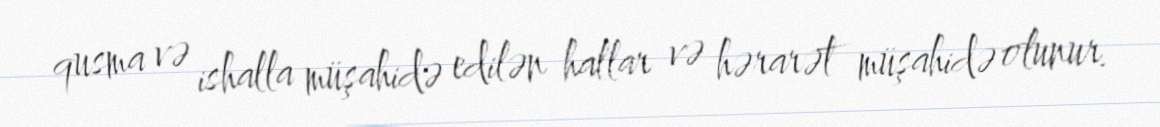
qusma və ishalla müşahidə edilən hallar və hərarət müşahidə olunur.